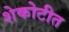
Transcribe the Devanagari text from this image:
शेकोटीत